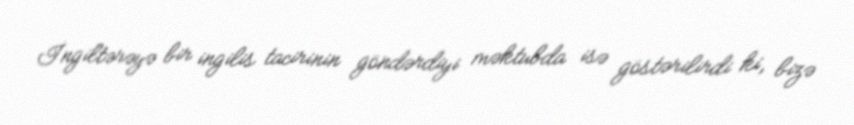
İngiltərəyə bir ingilis tacirinin göndərdiyi məktubda isə göstərilirdi ki, bizə